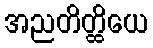
အညတိတ္ထိယေ